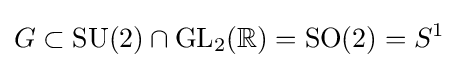
G\subset {\text{SU}}(2)\cap {\text{GL}}_{2}(\mathbb {R} )={\text{SO}}(2)=S^{1}